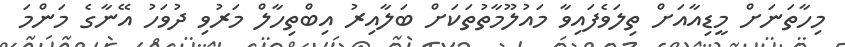
މިހާތަނަށް މީޑިއާއަށް ތިލަވެފައިވާ މައުލޫމާތުތަކަށް ބަލާއިރު އިބްތިހާލް މަރުވި ދުވަހު އޭނާގެ މަންމަ